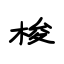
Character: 梭